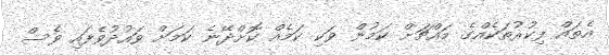
އެތައް ފިކުރުތަކެއްގެ މައްޗަށް ކަމުން ވަކި ކަމެއް ކޮށްދޭނެ ކަމަށް ވައުދުވެފައި ވެސް